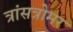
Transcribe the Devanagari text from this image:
त्रांसत्रोमर